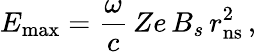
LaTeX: E_{\mathrm{max}}=\frac{\omega}{c}\, Ze\, B_{s}\, r_{\mathrm{ns}}^{2}\, ,